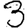
Digit: 3